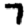
Digit: 7